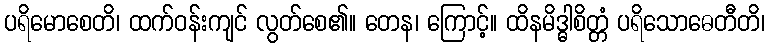
ပရိမောစေတိ၊ ထက်ဝန်းကျင် လွတ်စေ၏။ တေန၊ ကြောင့်။ ထိနမိဒ္ဓါစိတ္တံ ပရိသောဓေတီတိ၊